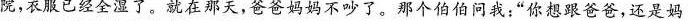
院，衣服已经全湿了。就在那天，爸爸妈妈不吵了。那个伯伯问我：”你想跟爸爸，还是妈